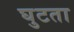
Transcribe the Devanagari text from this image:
घुटता